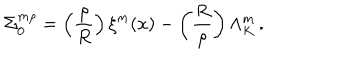
LaTeX: \Sigma _ { 0 } ^ { m \rho } = \left( { \frac { \rho } { R } } \right) \xi ^ { m } ( x ) - \left( { \frac { R } { \rho } } \right) \Lambda _ { K } ^ { m } \, .